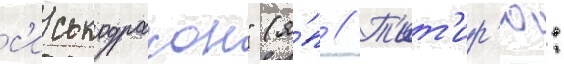
с'иськодракон" (я́п // Т'ит'ир'ю: